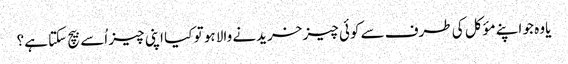
یاوہ جو اپنے مؤکل کی طرف سے کوئی چیز خریدنے والا ہو تو کیا اپنی چیز اُسے بیچ سکتا ہے؟